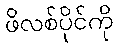
ဖိလစ်ပိုင်ကို